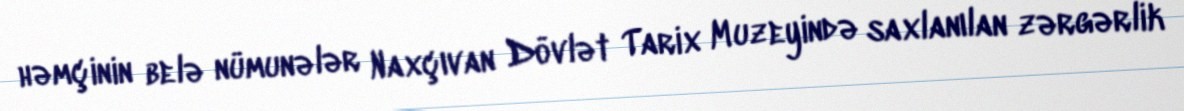
həmçinin belə nümunələr Naxçıvan Dövlət Tarix Muzeyində saxlanılan zərgərlik